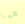
هيا